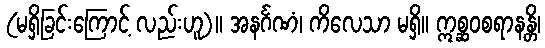
(မရှိခြင်းကြောင့် လည်းဟူ)။ အနင်္ဂဏံ၊ ကိလေသာ မရှိ။ ဣစ္ဆဝစရာနန္တိ၊